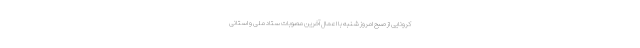
کرونایی از صبح امروز شنبه با اعمال آخرین مصوبات ستاد ملی و استانی